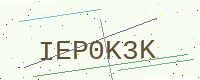
Text: IEP0K3K